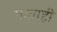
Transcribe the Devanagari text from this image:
माताही